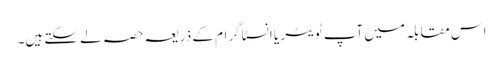
اس مقابلہ میں آپ ٹویٹر یا انسٹاگرام کے ذریعہ حصہ لے سکتے ہیں۔